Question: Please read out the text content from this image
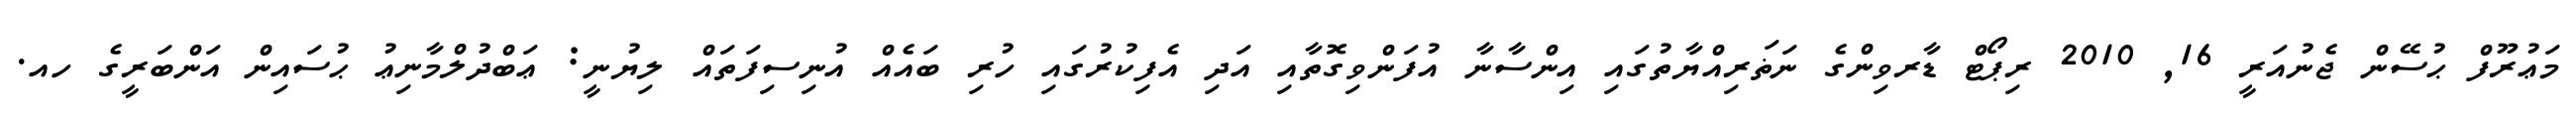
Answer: މަޢުރޫފް ޙުސޭން ޖެނުއަރީ 16, 2010 ރިޕޯޓް ޑާރވިންގެ ނަޡަރިއްޔާތުގައި އިންސާނާ އުފަންވިގޮތާއި އަދި އެފިކުރުގައި ހުރި ބައެއް އުނިސިފަތައް ލިޔުނީ: ޢަބްދުލްމާނިޢު ޙުސައިން އަންބަރީގެ ހއ.